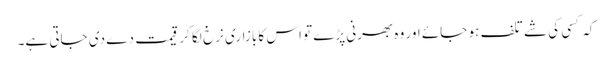
کہ کسی کی شے تلف ہو جائے اور وہ بھرنی پڑے تو اس کا بازاری نرخ لگا کر قیمت دے دی جاتی ہے۔